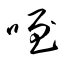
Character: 咥